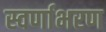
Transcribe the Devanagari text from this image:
स्वर्णाभरण